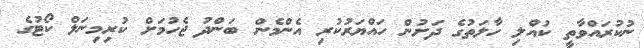
ނުކުރައްވާތީ ކުއްލި ހާލަތުގެ ދަށުން ހައްޔަރުކުރި އެންމެން ބަންދު ޖެހުމަށް ކުރިމިނަލް ކޯޓުގެ